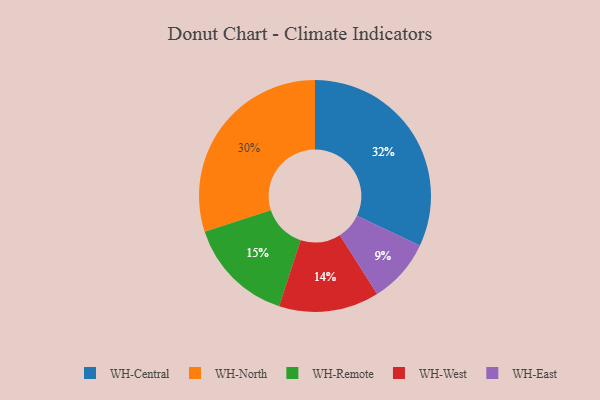
{"axis": {"x": "Category", "y": "Percentage"}, "legend": ["WH-Central", "WH-East", "WH-North", "WH-Remote", "WH-West"], "data": [{"x": "WH-West", "y": 14, "type": "WH-West"}, {"x": "WH-East", "y": 9, "type": "WH-East"}, {"x": "WH-Central", "y": 32, "type": "WH-Central"}, {"x": "WH-Remote", "y": 15, "type": "WH-Remote"}, {"x": "WH-North", "y": 30, "type": "WH-North"}]}